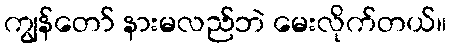
ကျွန်တော် နားမလည်ဘဲ မေးလိုက်တယ်။